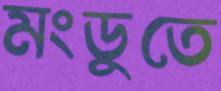
মংডুতে